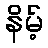
နိမ့်